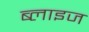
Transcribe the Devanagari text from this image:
ब्लाइज